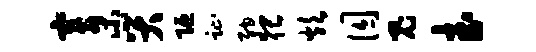
寄小哭陋趾纳猥炊囚鬼武